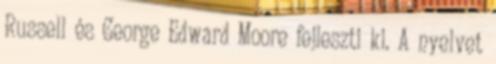
Russell és George Edward Moore fejleszti ki. A nyelvet